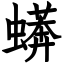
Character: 蠎